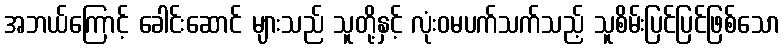
အဘယ်ကြောင့် ခေါင်းဆောင် များသည် သူတို့နှင့် လုံးဝမပက်သက်သည့် သူစိမ်းပြင်ပြင်ဖြစ်သော